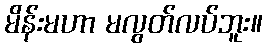
မိန်းမဟာ မလွတ်လပ်ဘူး။